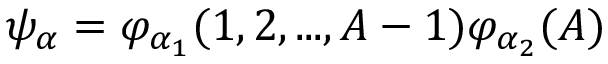
\psi _ { \alpha } = \varphi _ { \alpha _ { 1 } } ( 1 , 2 , . . . , A - 1 ) \varphi _ { \alpha _ { 2 } } ( A )